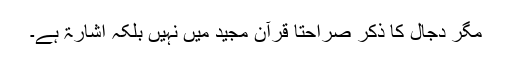
مگر دجال کا ذکر صراحتاً قرآن مجید میں نہیں بلکہ اشارۃً ہے۔